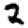
Digit: 2